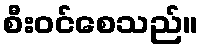
စီးဝင်စေသည်။